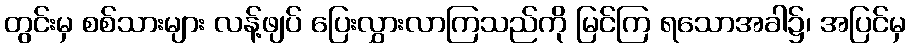
တွင်းမှ စစ်သားများ လန့်ဖျပ် ပြေးလွှားလာကြသည်ကို မြင်ကြ ရသောအခါ၌၊ အပြင်မှ